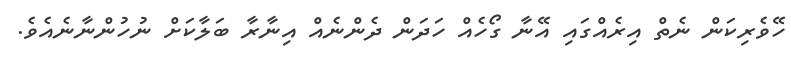
ހޭވެރިކަން ނެތް އިރެއްގައި އޭނާ ގޯހެއް ހަދަން ދެންނެއް އިނާރާ ބަލާކަށް ނުހުންނާނެއެވެ.